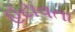
હટાવતા